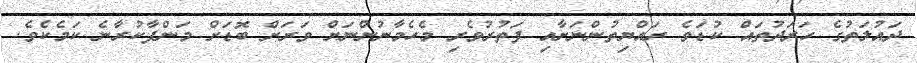
ދައުލަތުގެ ހަރަދުތައް ކުޑަވެ ރައްޔިތުންނަށާއި ފަތުރުވެރި މެހެމާނުންނަށް ވަރަށް ބޮޑަށް މަންފާކުރާނެ ކަމެކެވެ.